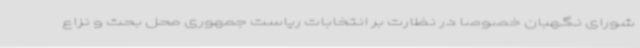
شورای نگهبان خصوصا در نظارت بر انتخابات ریاست جمهوری محل بحث و نزاع